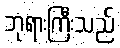
ဘုရားကြီးသည်